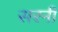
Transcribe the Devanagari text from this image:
सरनी